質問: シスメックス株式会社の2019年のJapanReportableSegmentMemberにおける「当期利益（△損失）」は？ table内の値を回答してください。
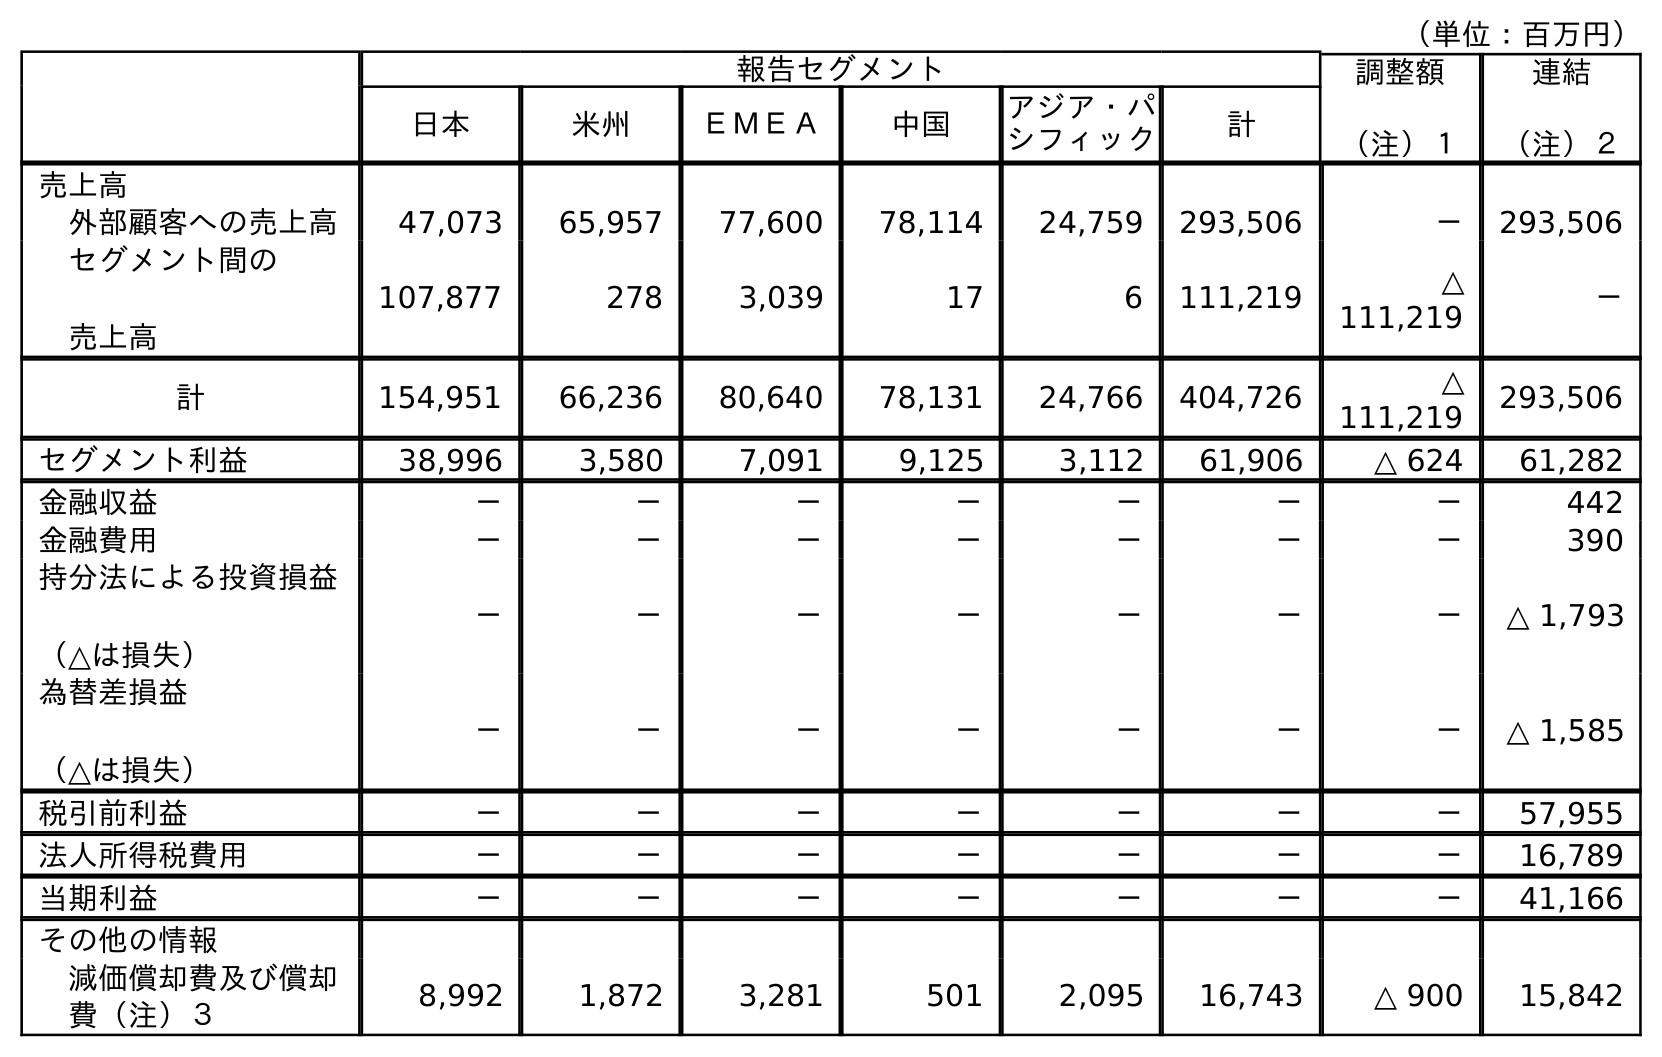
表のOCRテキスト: （単位：百万円） 報告セグメント 調整額 （注）１ 連結 （注）２ 日本 米州 ＥＭＥＡ 中国 アジア・パ シフィック 計 売上高 外部顧客への売上高 47,073 65,957 77,600 78,114 24,759 293,506 － 293,506 セグメント間の 売上高 107,877 278 3,039 17 6 111,219 △ 111,219 － 計 154,951 66,236 80,640 78,131 24,766 404,726 △ 111,219 293,506 セグメント利益 38,996 3,580 7,091 9,125 3,112 61,906 △ 624 61,282 金融収益 － － － － － － － 442 金融費用 － － － － － － － 390 持分法による投資損益 （△は損失） － － － － － － － △ 1,793 為替差損益 （△は損失） － － － － － － － △ 1,585 税引前利益 － － － － － － － 57,955 法人所得税費用 － － － － － － － 16,789 当期利益 － － － － － － － 41,166 その他の情報 減価償却費及び償却 費（注）３ 8,992 1,872 3,281 501 2,095 16,743 △ 900 15,842
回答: －